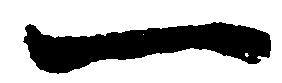
一